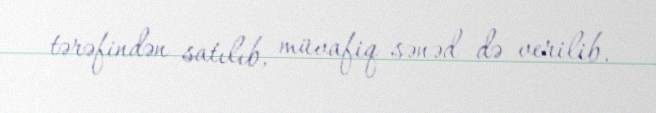
tərəfindən satılıb, müvafiq sənəd də verilib.